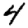
Digit: 4